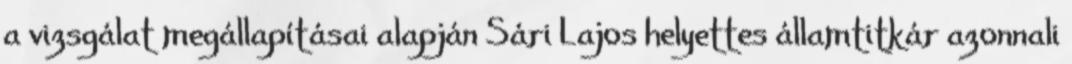
a vizsgálat megállapításai alapján Sári Lajos helyettes államtitkár azonnali